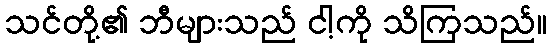
သင်တို့၏ ဘီများသည် ငါ့ကို သိကြသည်။